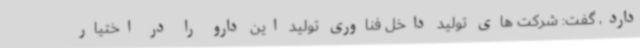
دارد، گفت: شرکت های تولید داخل فناوری تولید این دارو را در اختیار